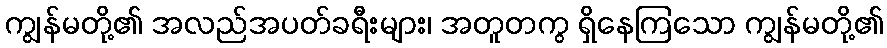
ကျွန်မတို့၏ အလည်အပတ်ခရီးများ၊ အတူတကွ ရှိနေကြသော ကျွန်မတို့၏